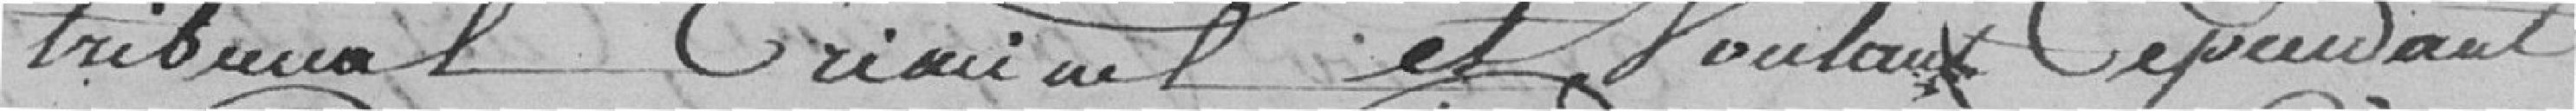
tribunal Criminel et voulant cependant